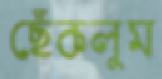
ছেঁকলুম